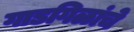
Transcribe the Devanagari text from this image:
गाडगिळांचे